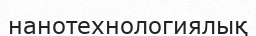
нанотехнологиялық